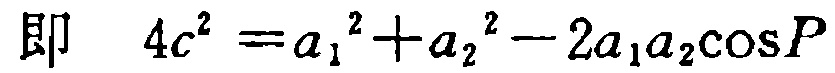
即 \(4c^{2}=a_{1}^{2}+a_{2}^{2}-2a_{1}a_{2}\cos P\)